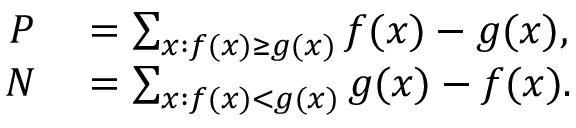
\begin{array} { r l } { P } & { { } = \sum _ { x : f ( x ) \geq g ( x ) } f ( x ) - g ( x ) , } \\ { N } & { { } = \sum _ { x : f ( x ) < g ( x ) } g ( x ) - f ( x ) . } \end{array}